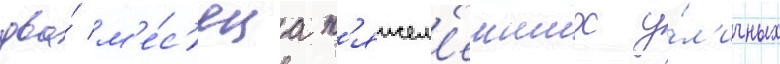
два́ м'е́с'яца т'яжел'еиших у́л'ичных